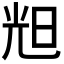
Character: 𣆥